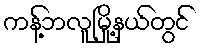
ကန့်ဘလူမြို့နယ်တွင်